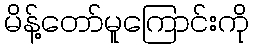
မိန့်တော်မူကြောင်းကို